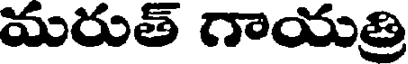
మరుత్ గాయత్రి